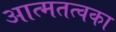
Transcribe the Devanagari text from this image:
आत्मतत्वका